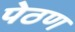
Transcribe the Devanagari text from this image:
पेठण